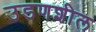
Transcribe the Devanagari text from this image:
उडणशील